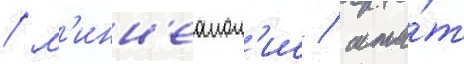
/ м'инн'еапол'ис / шта́т